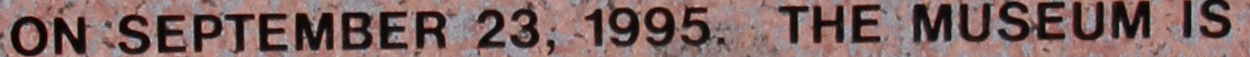
ON SEPTEMBER 23, 1995. THE MUSEUM IS